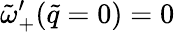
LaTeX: \tilde{\omega}_{+}^{\prime}(\tilde{q}=0)=0